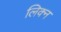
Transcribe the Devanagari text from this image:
लिक्न